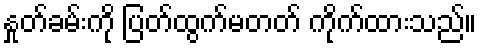
နှုတ်ခမ်းကို ပြတ်ထွက်မတတ် ကိုက်ထားသည်။